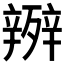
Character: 𭮧